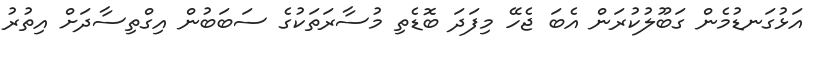
އަޅުގަނޑުމެން ގަބޫލުކުރަން އެބަ ޖެހޭ މިފަދަ ބޮޑެތި މުސާރަތަކުގެ ސަބަބުން އިގްތިސާދަށް އިތުރު